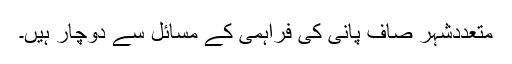
متعددشہر صاف پانی کی فراہمی کے مسائل سے دوچار ہیں۔